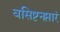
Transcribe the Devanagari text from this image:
वसिष्टनप्तारं